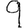
Digit: 9